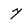
Character: 7